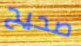
صحيح